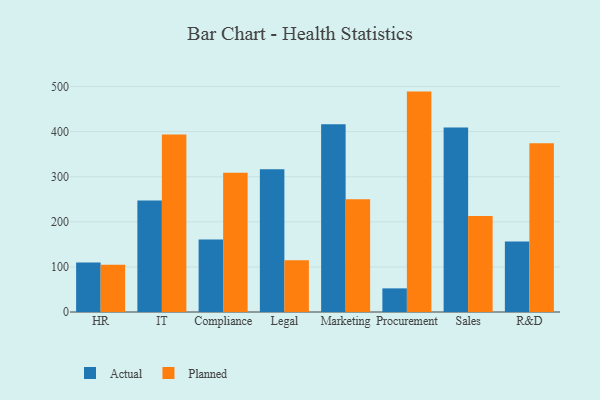
{"axis": {"x": "Department", "y": "Churn Rate (%)"}, "legend": ["Actual", "Planned"], "data": [{"x": "HR", "y": 109.9, "type": "Actual"}, {"x": "HR", "y": 104.7, "type": "Planned"}, {"x": "IT", "y": 247.3, "type": "Actual"}, {"x": "IT", "y": 393.5, "type": "Planned"}, {"x": "Compliance", "y": 160.9, "type": "Actual"}, {"x": "Compliance", "y": 309.0, "type": "Planned"}, {"x": "Legal", "y": 316.6, "type": "Actual"}, {"x": "Legal", "y": 115.0, "type": "Planned"}, {"x": "Marketing", "y": 416.3, "type": "Actual"}, {"x": "Marketing", "y": 250.0, "type": "Planned"}, {"x": "Procurement", "y": 52.4, "type": "Actual"}, {"x": "Procurement", "y": 488.8, "type": "Planned"}, {"x": "Sales", "y": 409.1, "type": "Actual"}, {"x": "Sales", "y": 212.9, "type": "Planned"}, {"x": "R&D", "y": 156.2, "type": "Actual"}, {"x": "R&D", "y": 374.1, "type": "Planned"}]}